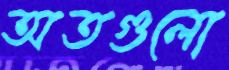
অতগুলো